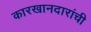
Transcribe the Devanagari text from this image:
कारखानदारांची